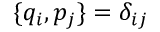
\{ q _ { i } , p _ { j } \} = \delta _ { i j }